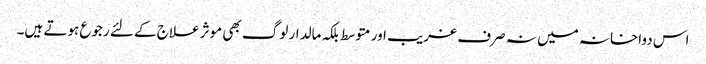
اس دواخانہ میں نہ صرف غریب اور متوسط بلکہ مالدار لوگ بھی موثر علاج کے لئے رجوع ہوتے ہیں۔